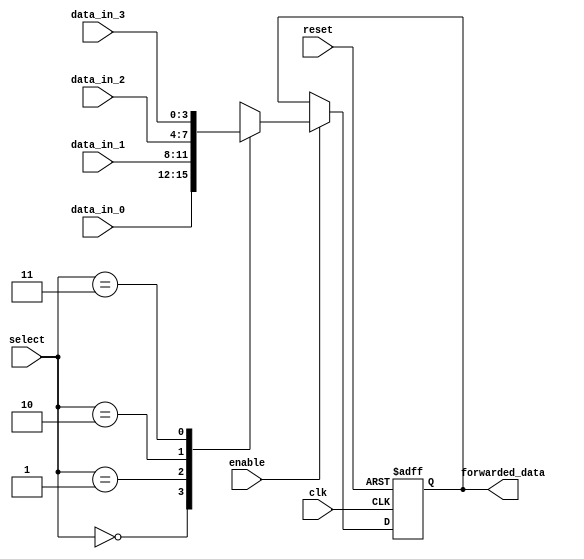
module ForwardingRegister (
    input wire [3:0] data_in_0,    // Data input 0
    input wire [3:0] data_in_1,    // Data input 1
    input wire [3:0] data_in_2,    // Data input 2
    input wire [3:0] data_in_3,    // Data input 3
    input wire [1:0] select,        // Select lines for data inputs
    input wire clk,                 // Clock signal
    input wire enable,              // Enable signal
    input wire reset,               // Asynchronous reset signal
    output reg [3:0] forwarded_data // Forwarded data output
);

    // Asynchronous reset and data capture on clock edge
    always @(posedge clk or posedge reset) begin
        if (reset) begin
            forwarded_data <= 4'b0000; // Clear register
        end else if (enable) begin
            case (select)
                2'b00: forwarded_data <= data_in_0; // Forward from data input 0
                2'b01: forwarded_data <= data_in_1; // Forward from data input 1
                2'b10: forwarded_data <= data_in_2; // Forward from data input 2
                2'b11: forwarded_data <= data_in_3; // Forward from data input 3
                default: forwarded_data <= 4'b0000; // Default case (shouldn't happen)
            endcase
        end
    end

endmodule